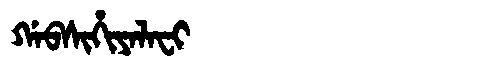
Manchu: ᡤᠠᠪᠰᡳᡥᡳᠶᠠᠯᠠᠸᡳ
Romanization: GABSIHIYALAFI